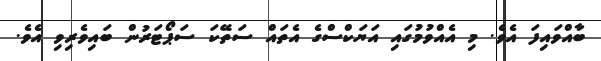
ބާއްވައިފަ އެވެ. މި އެއްވުމުގައި އަޔަކްސްގެ އެތައް ސަތޭކަ ސަޕޯޓަރުން ބައިވެރިވި އެވެ.